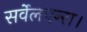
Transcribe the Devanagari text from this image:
सर्वेलएन्स।